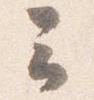
云